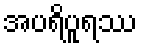
အပရိပူရဿ